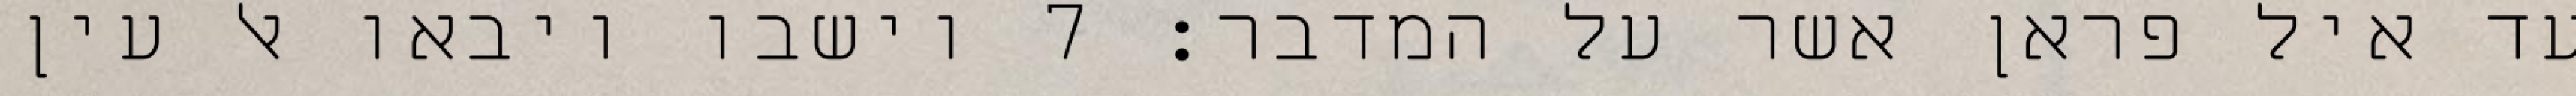
עד איל פראן אשר על המדבר׃ ‎7‏ וישבו ויבאו אל עין